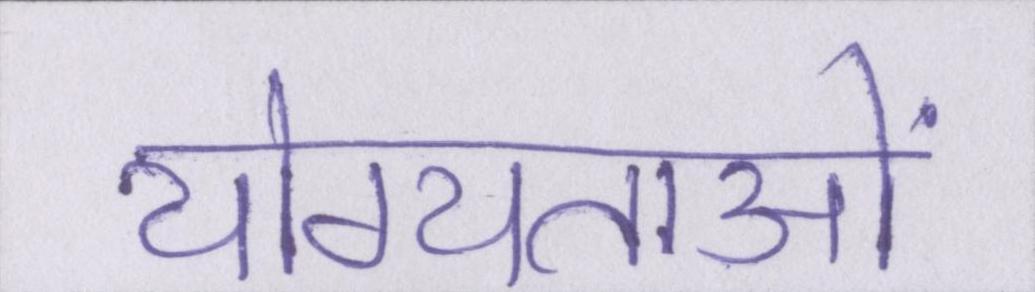
योग्यताओं